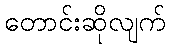
တောင်းဆိုလျက်